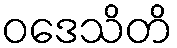
ဝဒေသိတိ